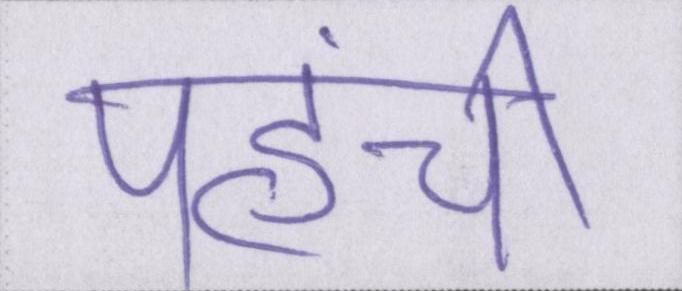
पहुंची